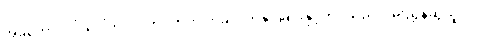
အခုတော့လိုင်းပေါ်တွင်လက်ဝဲဘက် ကိုခလုတ်နှိပ်ခြင်းနှင့်ကိုင်သည်လမ်းညွှန်ဆွဲယူပါ။